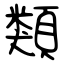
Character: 類